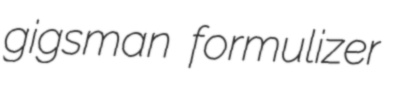
gigsman formulizer